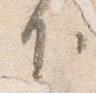
下